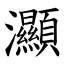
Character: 灦